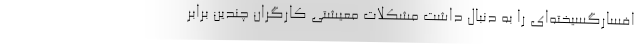
افسارگسيخته‌اي را به دنبال داشت مشكلات معيشتي كارگران چندين برابر